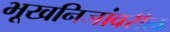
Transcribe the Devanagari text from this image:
भूखनिजांवरील